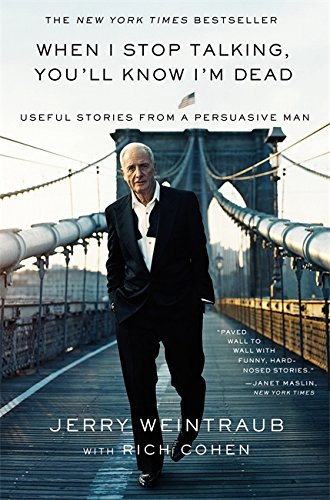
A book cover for When I Stop Talking, You'll Know I'm Dead: Useful Stories from a Persuasive Man; Jerry Weintraub; Humor & Entertainment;